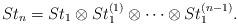
LaTeX: \begin{align*} St_n = St_1 \otimes St_1^{(1)} \otimes \cdots \otimes St_1^{(n-1)}. \end{align*}